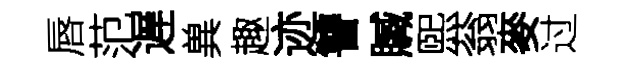
唇范遅兾趣迹讐贓煕蓊麥过